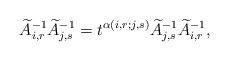
LaTeX: \begin{align*}\widetilde{A}_{i, r}^{-1}\widetilde{A}_{j, s}^{-1}=t^{\alpha(i, r; j, s)}\widetilde{A}_{j, s}^{-1}\widetilde{A}_{i, r}^{-1},\end{align*}